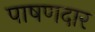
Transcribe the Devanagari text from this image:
पाषणदार